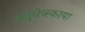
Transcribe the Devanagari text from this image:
क्लुचेव्स्काया